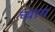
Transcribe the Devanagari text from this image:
च्याच